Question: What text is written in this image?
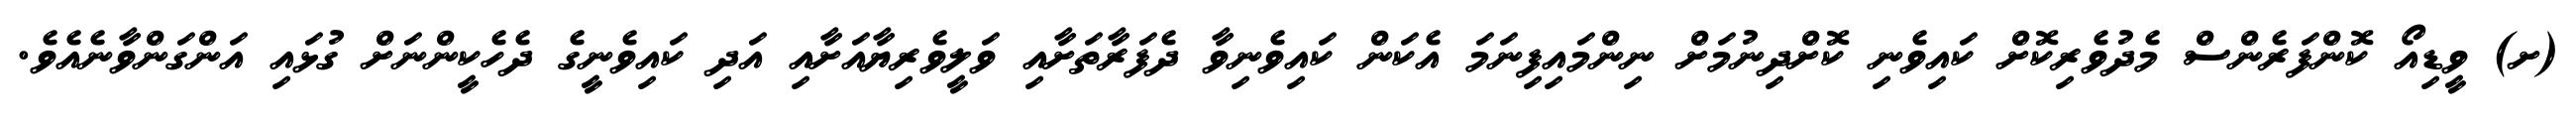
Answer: (ށ) ވީޑިއޯ ކޮންފަރެންސް މެދުވެރިކޮށް ކައިވެނި ކޮށްދިނުމަށް ނިންމައިފިނަމަ އެކަން ކައިވެނިވާ ދެފަރާތަށާއި ވަލީވެރިޔާއަށާއި އަދި ކައިވެނީގެ ދެހެކީންނަށް ގުޅައި އަންގަންވާނެއެވެ.